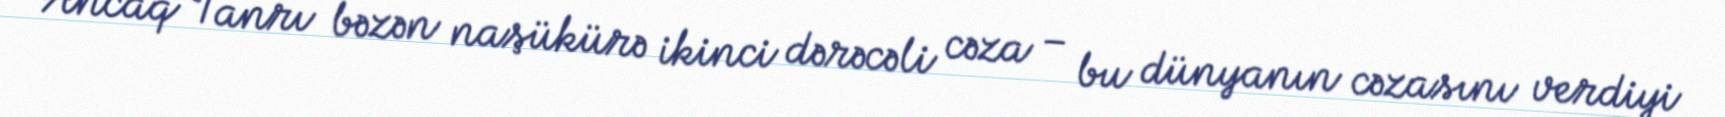
Ancaq Tanrı bəzən naşükürə ikinci dərəcəli cəza – bu dünyanın cəzasını verdiyi